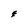
Character: E